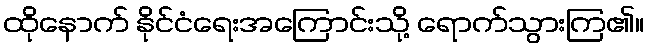
ထိုနောက် နိုင်ငံရေးအကြောင်းသို့ ရောက်သွားကြ၏။